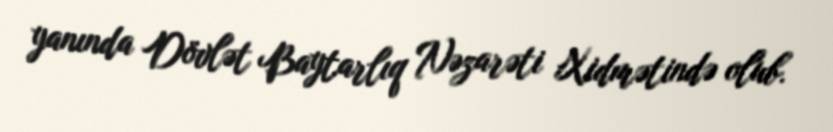
yanında Dövlət Baytarlıq Nəzarəti Xidmətində olub.